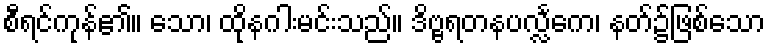
စီရင်ကုန်၏။ သော၊ ထိုနဂါးမင်းသည်။ ဒိဗ္ဗရတနပလ္လင်္ကေ၊ နတ်၌ဖြစ်သော